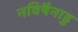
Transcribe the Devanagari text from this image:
नविषैनाडु